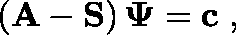
\left( \mathbf { A } - \mathbf { S } \right) \mathbf { \Psi } = \mathbf { c } \; ,